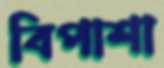
বিপাশা